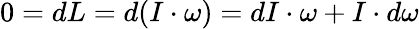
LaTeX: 0=dL=d(I\cdot\omega)=dI\cdot\omega+I\cdot d\omega